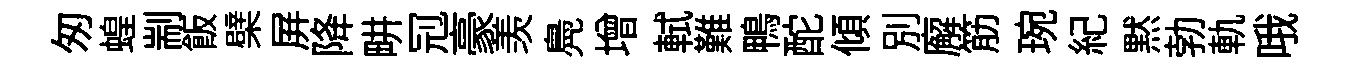
匆蝗剬飯檗屛降畊𠜍豪羡鳧增軾難鴨酡傾別廨筋琬紀黙勃軌哦